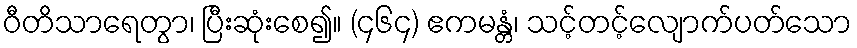
ဝီတိသာရေတွာ၊ ပြီးဆုံးစေ၍။ (၄၆၄) ဧကမန္တံ၊ သင့်တင့်လျောက်ပတ်သော